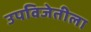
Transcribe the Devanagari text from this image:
उपविजेतीला